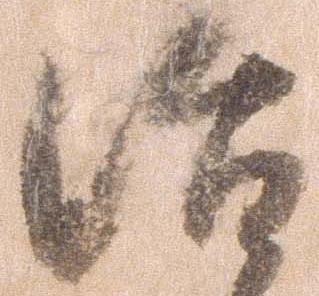
治